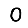
Digit: 0